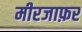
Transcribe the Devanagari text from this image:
मीरजाफ़र